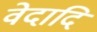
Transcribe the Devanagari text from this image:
वेदादि